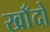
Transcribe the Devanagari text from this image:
खाँदो